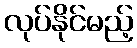
လုပ်နိုင်မည့်